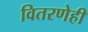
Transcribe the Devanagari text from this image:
वितरणेही